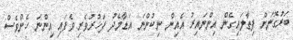
ބަރުގޮނަށް ފިތާލައިގެން އިންނައިރު އެއިން ނިކުންނަ އަޑާމެދު ފަޚުރުވެރި ވެފައި އިންނަ ހެންވެސް